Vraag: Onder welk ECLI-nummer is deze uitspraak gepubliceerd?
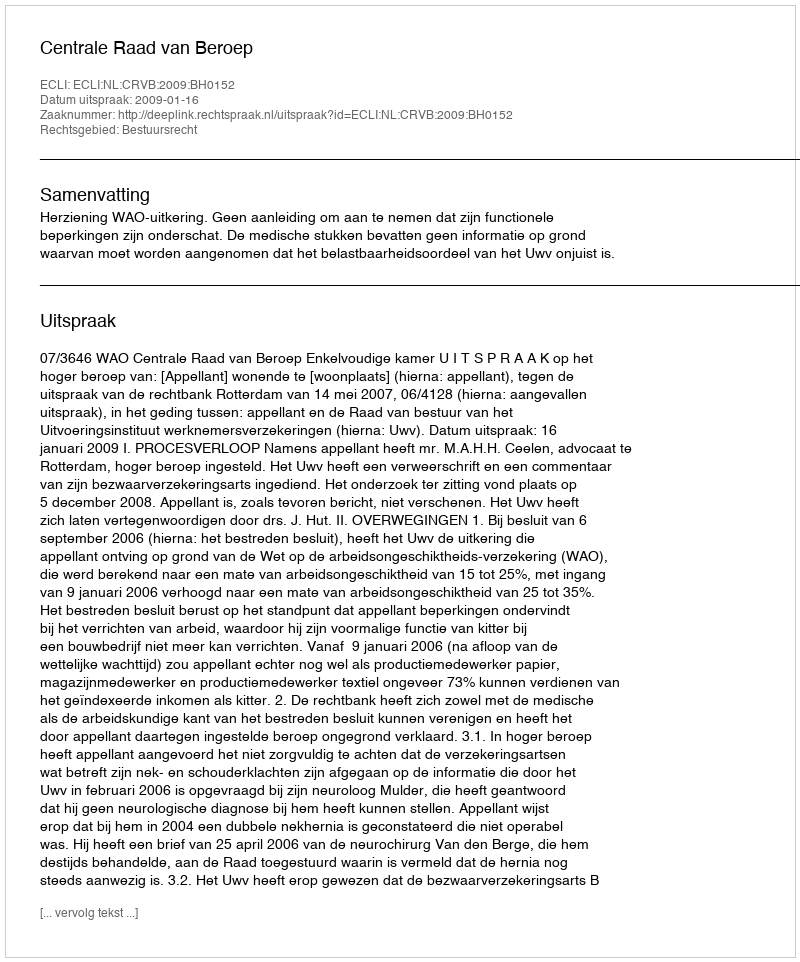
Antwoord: ECLI:NL:CRVB:2009:BH0152